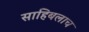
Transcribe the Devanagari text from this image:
साहिबलाच